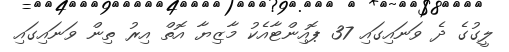
ލީގުގެ ދެ ވަނައިގައި 37 ޕޮއިންޓާއެކު މާޒިޔާ އޮތް އިރު ތިން ވަނައިގައި